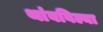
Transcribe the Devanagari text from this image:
थांबविल्या